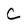
Character: C